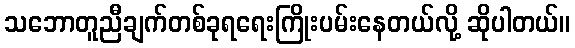
သဘောတူညီချက်တစ်ခုရရေးကြိုးပမ်းနေတယ်လို့ ဆိုပါတယ်။